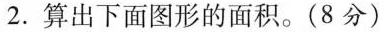
2.算出下面图形的面积。(8分)